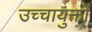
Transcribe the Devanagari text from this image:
उच्चायुक्तों